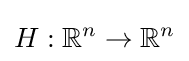
H:\mathbb {R} ^{n}\to \mathbb {R} ^{n}